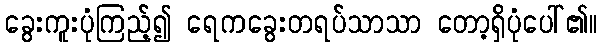
ခွေးကူးပုံကြည့်၍ ရေကခွေးတရပ်သာသာ တော့ရှိပုံပေါ်၏။